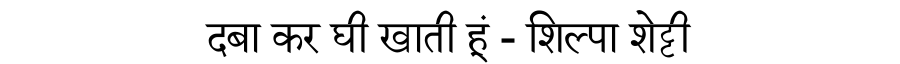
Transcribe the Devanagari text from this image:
दबा कर घी खाती हूं - शिल्पा शेट्टी